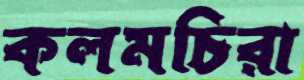
কলমচিরা